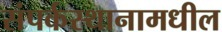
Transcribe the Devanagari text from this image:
संपर्कस्थानामधील